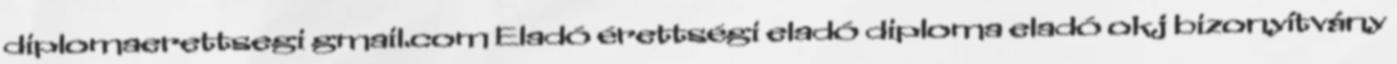
diplomaerettsegi gmail.com Eladó érettségi eladó diploma eladó okj bizonyítvány